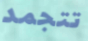
تتجمد